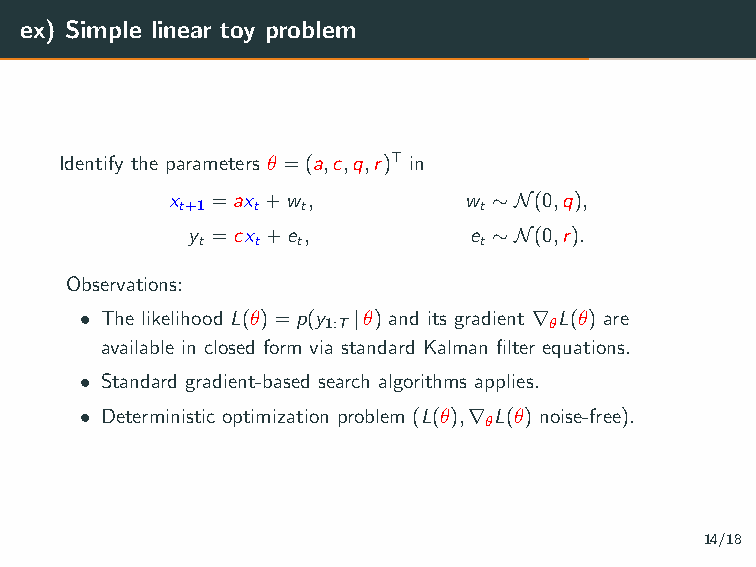
ex) Simple linear toy problem
 Identify the parameters θ =(a,c,q,r)T in
 x  =ax +w ,         w ∼N(0,q),
 t+1  t  t           t
 y =cx +e ,         e ∼N(0,r).
 t   t  t           t
 Observations:
 • The likelihood L(θ)=p(y |θ) and its gradient ∇ L(θ) are
 1:T           θ
 available in closed form via standard Kalman filter equations.
 • Standard gradient-based search algorithms applies.
 • Deterministic optimization problem (L(θ),∇ L(θ) noise-free).
 θ
 14/18